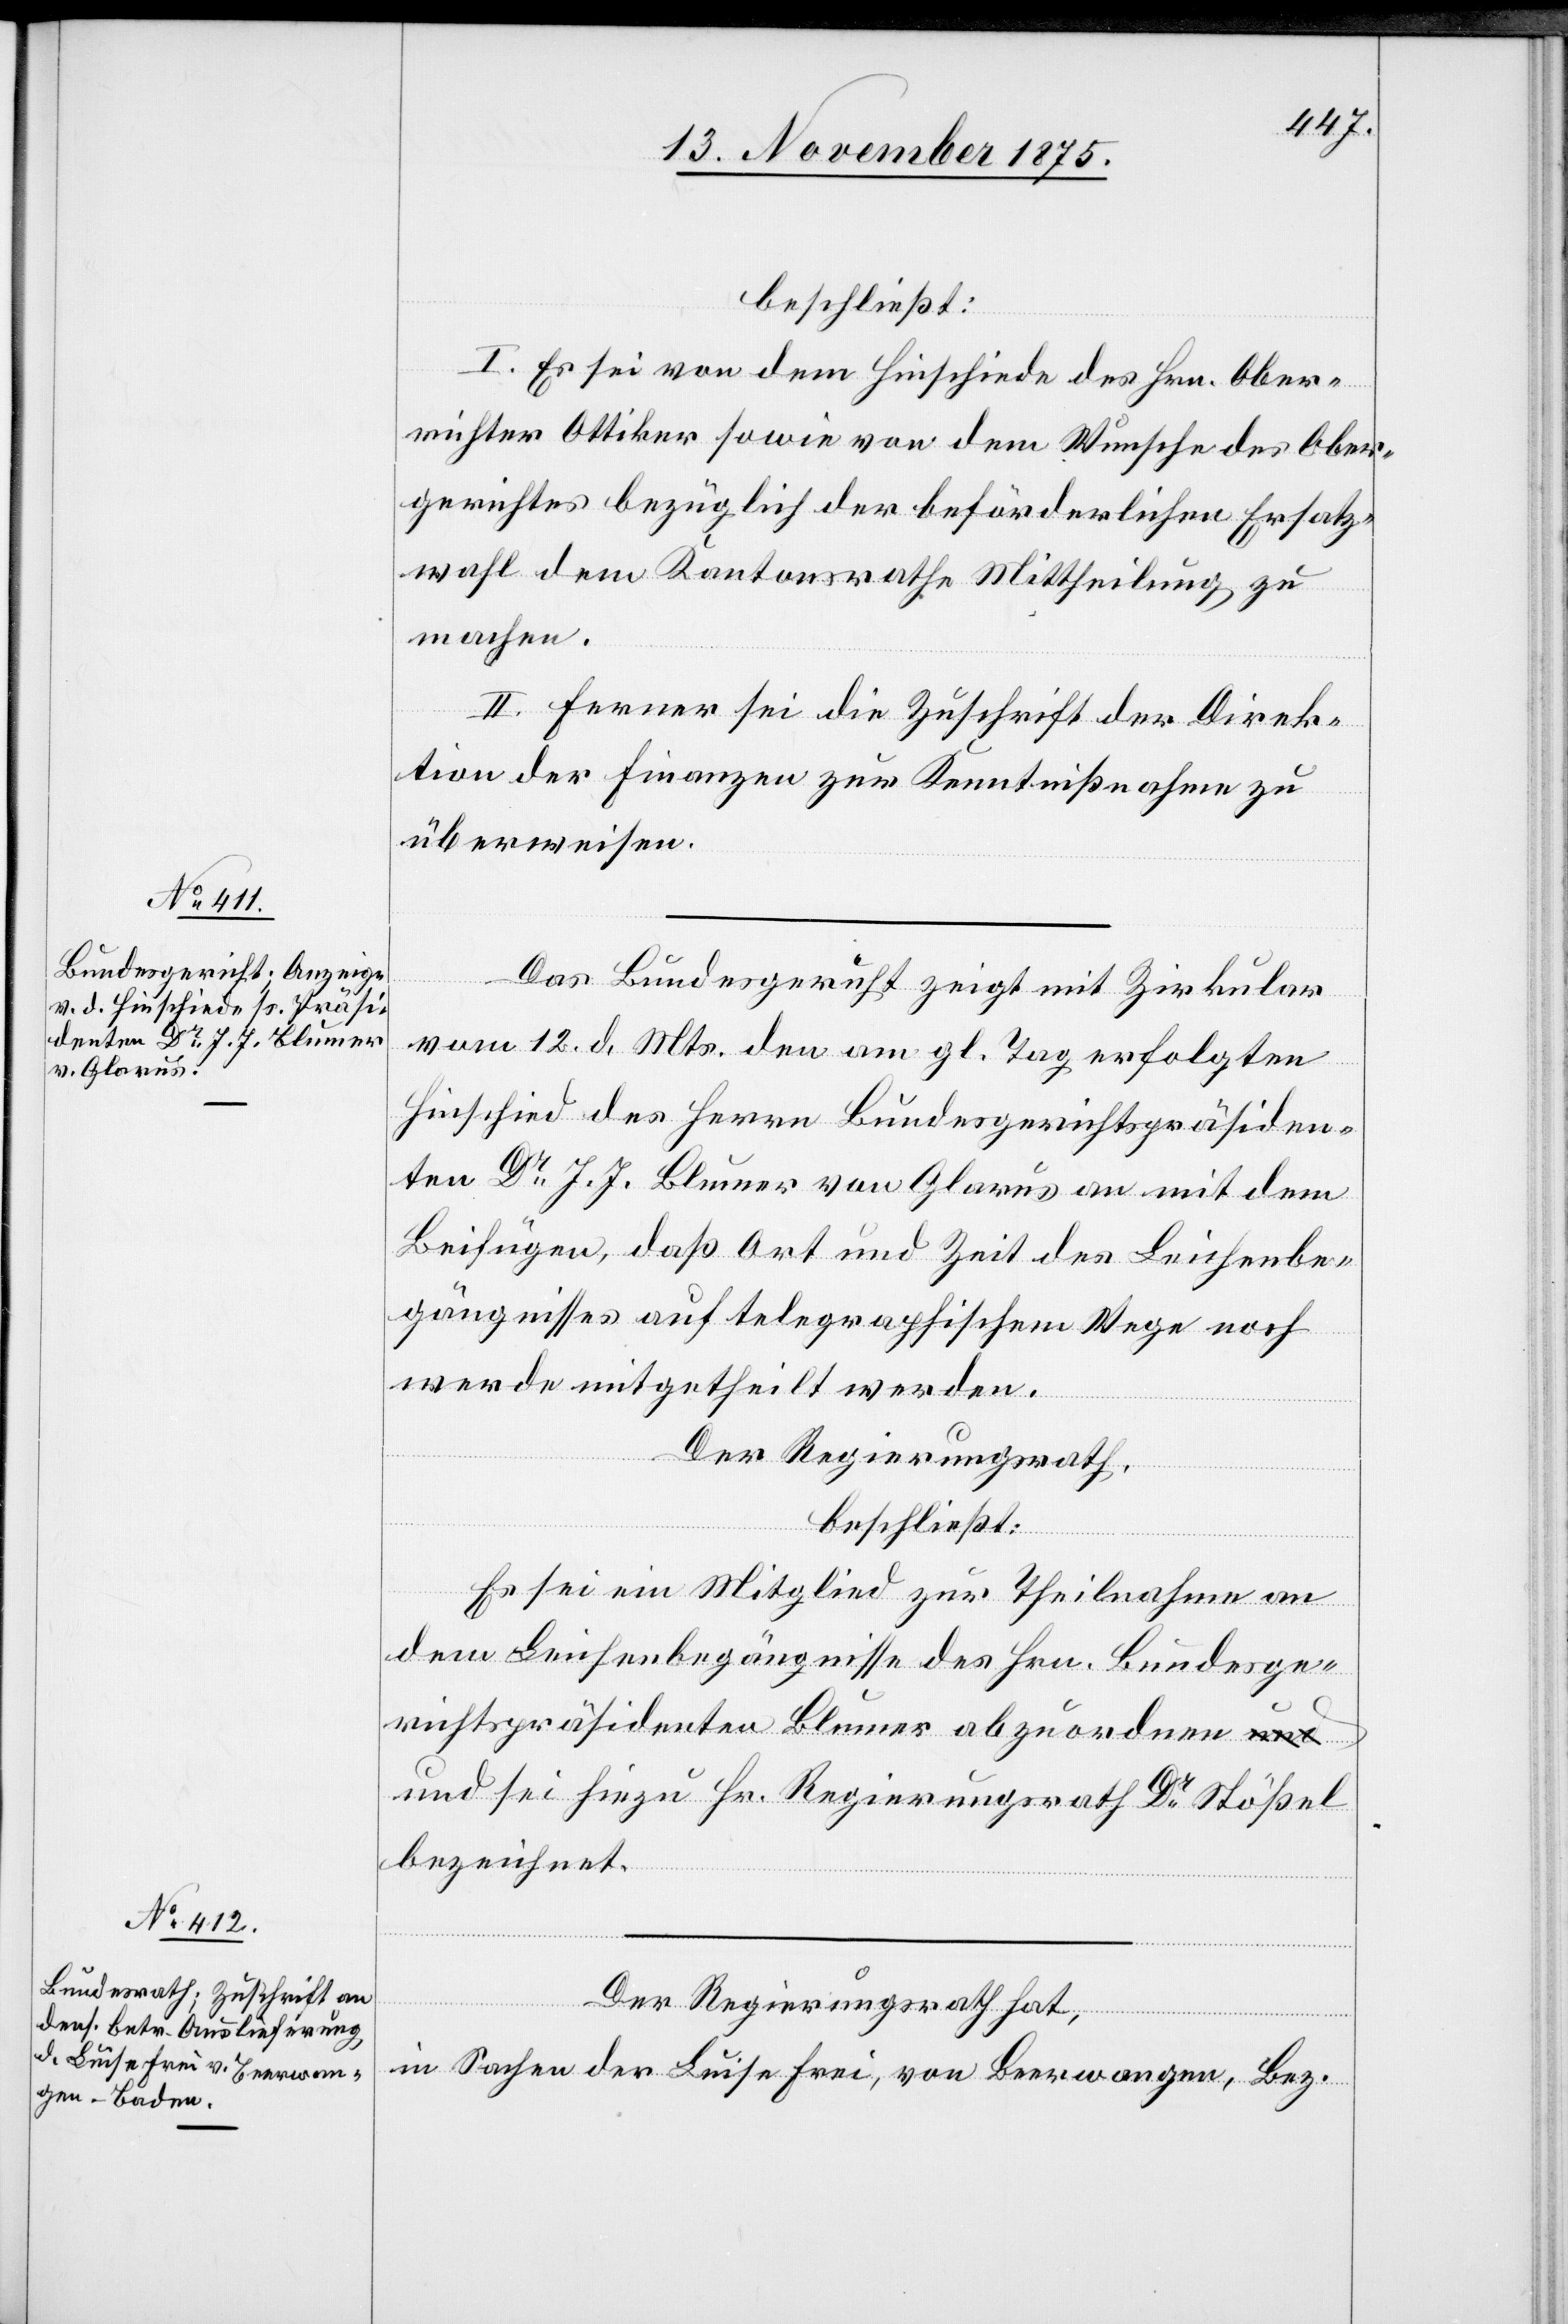
beschließt:
I. Es sei von dem Hinschiede des Hrn. Ober¬
richter Ottiker sowie von dem Wunsche des Ober¬
gerichtes bezüglich der beförderlichen Ersatz¬
wahl dem Kantonsrathe Mittheilung zu
machen.
II. Ferner sei die Zuschrift der Direk¬
tion der Finanzen zur Kenntnißnahme zu
überweisen.
Das Bundesgericht zeigt mit Zirkular
vom 12. d. Mts. den am gl. Tag erfolgten
Hinschied des Herrn Bundesgerichtspräsiden¬
ten Dr J. J. Blumer von Glarus an mit dem
Beifügen, daß Ort und Zeit des Leichenbe¬
gängnisses auf telegraphischem Wege noch
werde mitgetheilt werden.
Der Regierungsrath,
beschließt:
Es sei ein Mitglied zur Theilnahme an
dem Leichenbegängnisse des Hrn. Bundesge¬
richtspräsidenten Blumer abzuordnen
und sei hiezu Hr. Regierungsrath Dr Stößel
bezeichnet.
Der Regierungsrath hat,
in Sachen der Luise Frei, von Beerwangen, Bez.